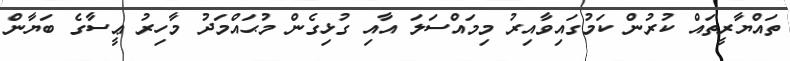
ތައްޔާރީތައް ކުރުން ކަމުގައިވާއިރު މިމައްސަލަ އާއި ގުޅިގެން މުޙައްމަދު މާހިރު ޢީސާގެ ބަޔާން